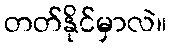
တတ်နိုင်မှာလဲ။